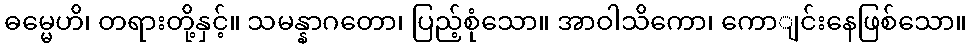
ဓမ္မေဟိ၊ တရားတို့နှင့်။ သမန္နာဂတော၊ ပြည့်စုံသော။ အာဝါသိကော၊ ကောျင်းနေဖြစ်သော။